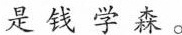
是钱学森。